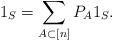
LaTeX: \begin{align*} 1_S = \sum_{A \subset [n]} P_A 1_S.\end{align*}